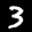
Label: 3